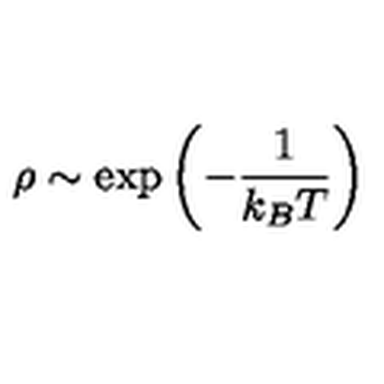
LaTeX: \rho \sim \exp \left( - \frac { 1 } { k _ { B } T } \right)